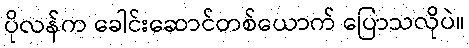
ပိုလန်က ခေါင်းဆောင်တစ်ယောက် ပြောသလိုပဲ။